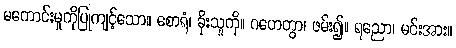
မကောင်းမှုကိုပြုကျင့်သော။ စောရံ၊ ခိုးသူကို။ ဂဟေတွာ၊ ဖမ်း၍။ ရညော၊ မင်းအား။